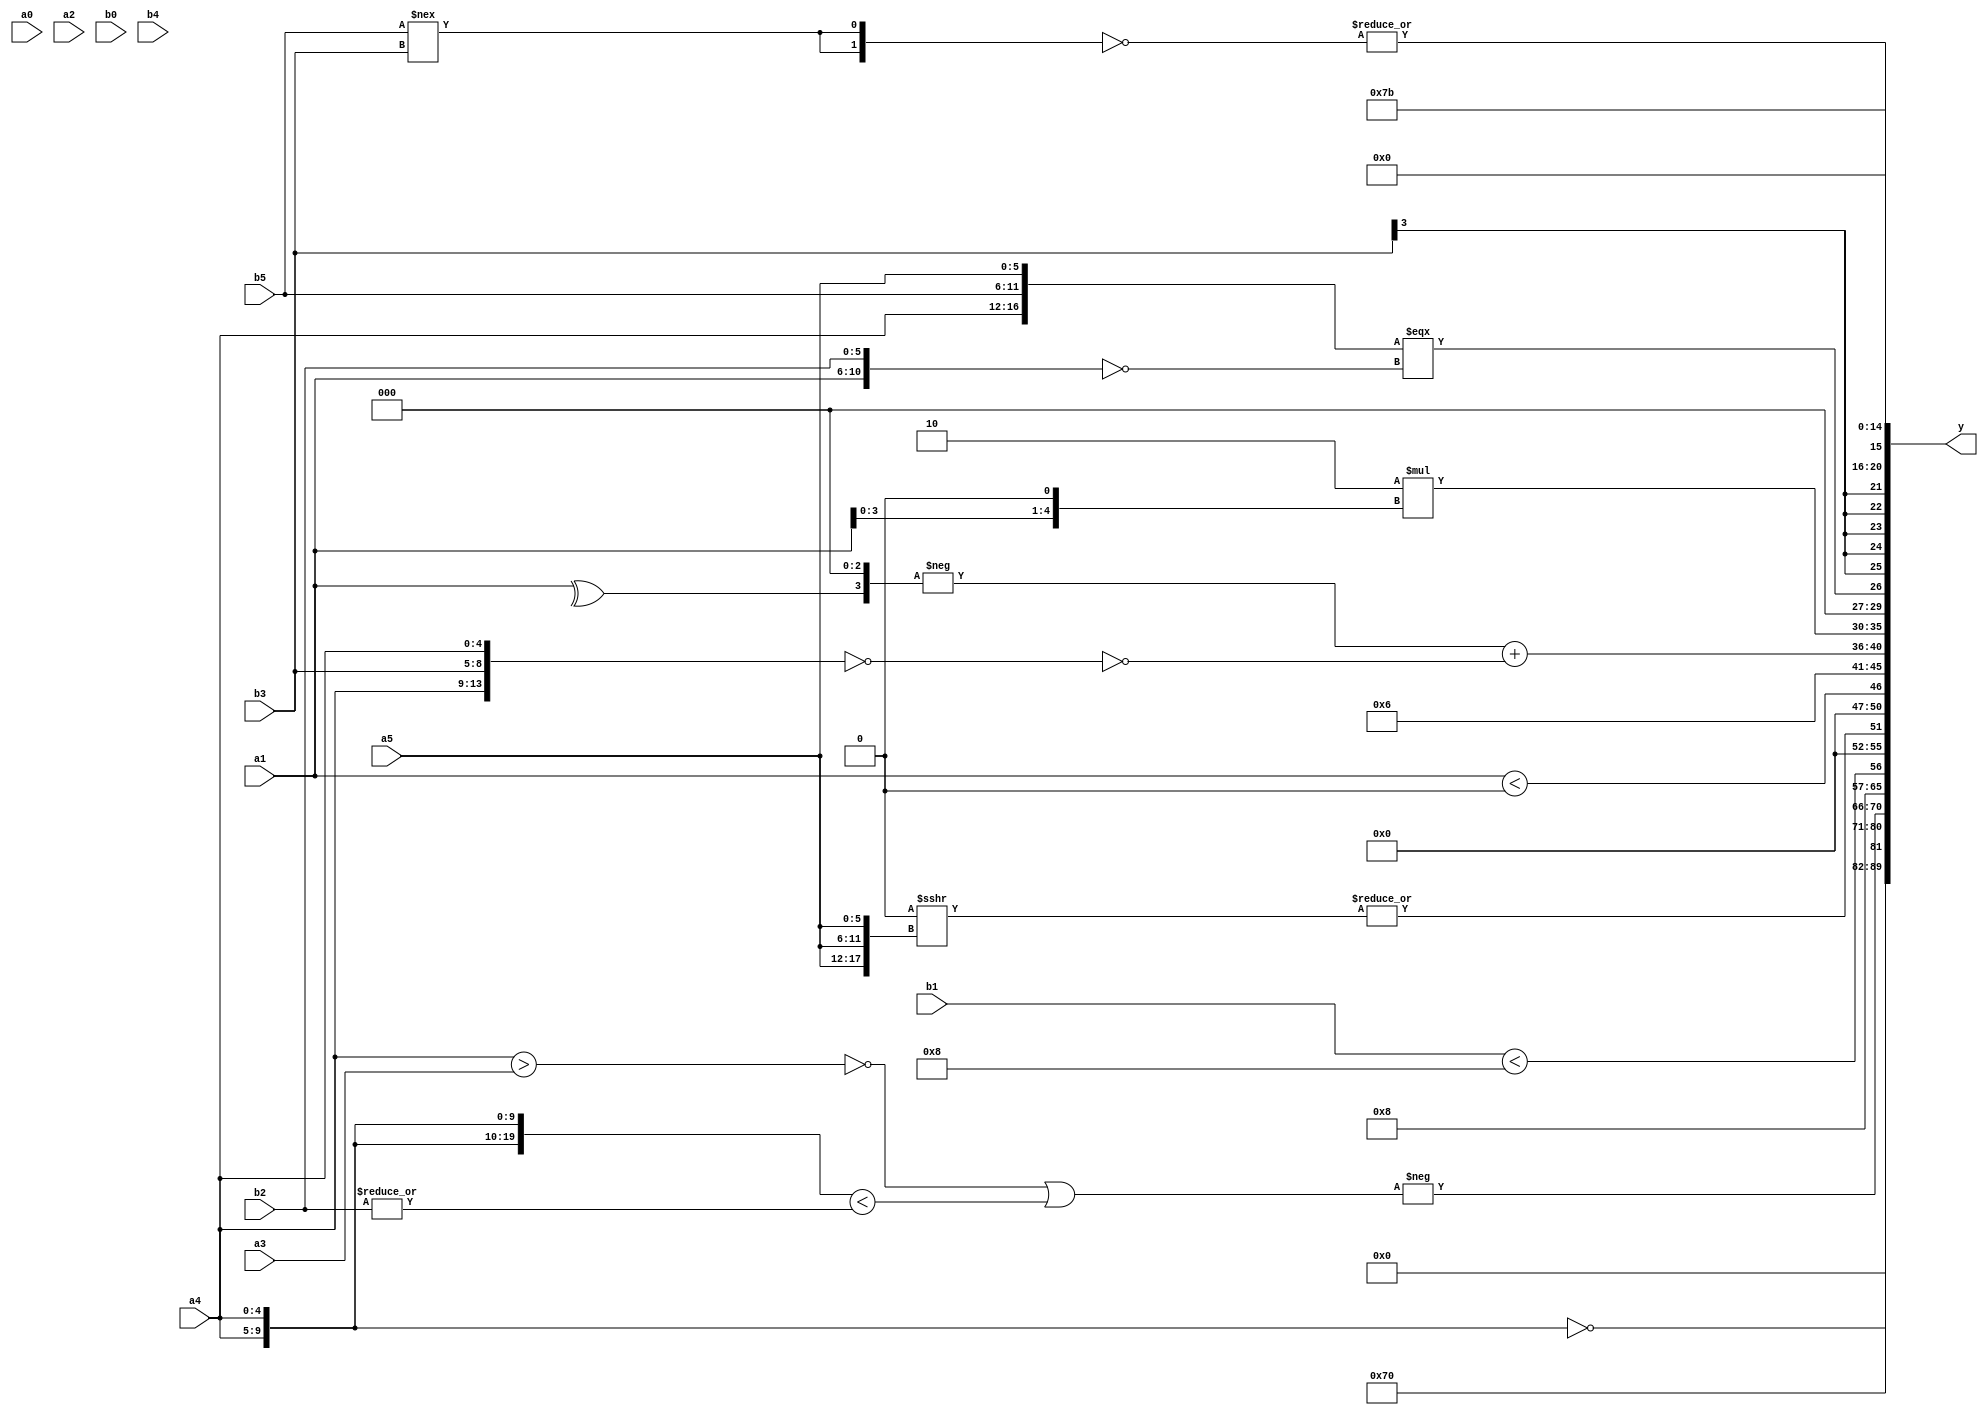
module expression_00823(a0, a1, a2, a3, a4, a5, b0, b1, b2, b3, b4, b5, y);
  input [3:0] a0;
  input [4:0] a1;
  input [5:0] a2;
  input signed [3:0] a3;
  input signed [4:0] a4;
  input signed [5:0] a5;

  input [3:0] b0;
  input [4:0] b1;
  input [5:0] b2;
  input signed [3:0] b3;
  input signed [4:0] b4;
  input signed [5:0] b5;

  wire [3:0] y0;
  wire [4:0] y1;
  wire [5:0] y2;
  wire signed [3:0] y3;
  wire signed [4:0] y4;
  wire signed [5:0] y5;
  wire [3:0] y6;
  wire [4:0] y7;
  wire [5:0] y8;
  wire signed [3:0] y9;
  wire signed [4:0] y10;
  wire signed [5:0] y11;
  wire [3:0] y12;
  wire [4:0] y13;
  wire [5:0] y14;
  wire signed [3:0] y15;
  wire signed [4:0] y16;
  wire signed [5:0] y17;

  output [89:0] y;
  assign y = {y0,y1,y2,y3,y4,y5,y6,y7,y8,y9,y10,y11,y12,y13,y14,y15,y16,y17};

  localparam [3:0] p0 = (&(~|(|(^(+(2'sd1))))));
  localparam [4:0] p1 = ({{(4'd10),(3'd1)},((3'sd3)<(5'd25)),((5'sd6)<=(2'sd1))}<=({(2'd1),(-3'sd3),(3'd4)}>>((5'd24)<(-2'sd1))));
  localparam [5:0] p2 = (({4{(4'd8)}}^((5'd22)?(-2'sd0):(-5'sd3)))?{2{(~^(5'd13))}}:(|((4'd9)?(-4'sd5):(4'd9))));
  localparam signed [3:0] p3 = {4{((2'sd1)?(4'd8):(4'sd1))}};
  localparam signed [4:0] p4 = ((2'd0)!=={4{(-3'sd0)}});
  localparam signed [5:0] p5 = (+(!(~|(4'sd3))));
  localparam [3:0] p6 = ((((4'd6)!=(-4'sd3))>>((4'd2)?(4'd5):(-5'sd3)))?{4{(5'd24)}}:{{2{{3{(3'd4)}}}}});
  localparam [4:0] p7 = (~&{{3{{4{(2'd3)}}}},(~&{2{((4'd0)?(4'd4):(-3'sd2))}})});
  localparam [5:0] p8 = {3{(4'd15)}};
  localparam signed [3:0] p9 = (5'd2 * ((3'd1)<(3'd1)));
  localparam signed [4:0] p10 = (((~&(2'd3))<=((-3'sd3)?(4'd0):(-5'sd15)))?(+{(2'd0),(-4'sd2)}):{1{((-3'sd0)<=(-4'sd0))}});
  localparam signed [5:0] p11 = ((((5'd13)?(3'd6):(-4'sd1))===((-3'sd1)!==(2'sd0)))<<<(~|(-(4'd2 * ((2'd1)<<(2'd3))))));
  localparam [3:0] p12 = (4'd7);
  localparam [4:0] p13 = (^(5'd25));
  localparam [5:0] p14 = {((-5'sd8)>>(5'd7))};
  localparam signed [3:0] p15 = ({1{((4'd2 * (3'd0))&&((5'sd0)<<(5'sd9)))}}>{3{((-3'sd2)!==(-2'sd0))}});
  localparam signed [4:0] p16 = {3{(2'd3)}};
  localparam signed [5:0] p17 = {2{{2{(~&((-5'sd10)<=(-5'sd14)))}}}};

  assign y0 = (p6?p2:p9);
  assign y1 = (!{a4,a4});
  assign y2 = {$signed((5'sd12)),(^(~|(~{(+p6),(~|a3)}))),$signed({(+b2),(3'sd0),(3'd7)})};
  assign y3 = {4{{1{((p11>>p5)+(p4>>>p8))}}}};
  assign y4 = (-((~&((a4>a3)))|({4{a4}}<(|b2))));
  assign y5 = (~&(((~&p14)||(5'd2 * p12))?(~|(^(~|p14))):(~^(+(~^p6)))));
  assign y6 = (b1<p3);
  assign y7 = $unsigned((|({4{p0}}>>>{3{a5}})));
  assign y8 = {{(p4>p8),(a1<p1)},({p2,p17,a3}==(p5>=a1))};
  assign y9 = {3{(3'd6)}};
  assign y10 = ((-{(^a1),(2'sd0),(!p8)})+(~^(!{a4,b3,a4})));
  assign y11 = (5'd2 * $unsigned((a1<<p5)));
  assign y12 = ({((({p14,p1,p3}>=(p16>>p16))))}&&({a4,b5,a5}===($signed(b4)=={a1,b2,b4})));
  assign y13 = (b3>>>p6);
  assign y14 = (|(~{2{(b5!==b3)}}));
  assign y15 = ({2{p1}}-{4{p9}});
  assign y16 = (~^$unsigned($unsigned(p11)));
  assign y17 = (-4'sd5);
endmodule